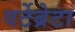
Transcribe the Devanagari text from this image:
वर्टेब्रेटा